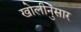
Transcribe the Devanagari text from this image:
खोलीनुसार